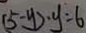
( 5 - y ) \cdot y = 6